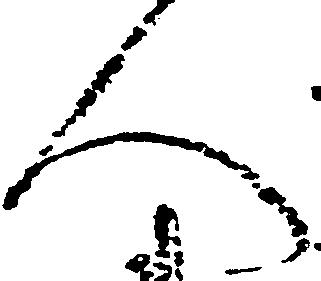
人